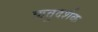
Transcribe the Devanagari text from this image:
ऋतुदर्शक